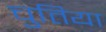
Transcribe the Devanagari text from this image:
चुतिया